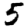
Digit: 5